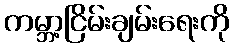
ကမ္ဘာ့ငြိမ်းချမ်းရေးကို